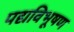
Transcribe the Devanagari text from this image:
पद्यविभूषण